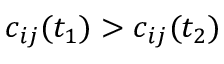
c _ { i j } ( t _ { 1 } ) > c _ { i j } ( t _ { 2 } )